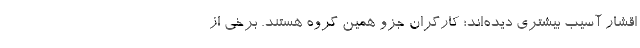
اقشار آسیب بیشتری دیده‌اند؛ کارگران جزو همین گروه‌ هستند. برخی از